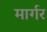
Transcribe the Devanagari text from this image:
मार्गर